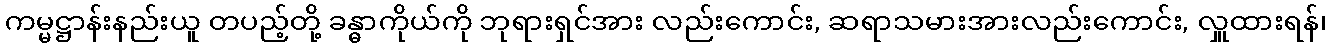
ကမ္မဋ္ဌာန်းနည်းယူ တပည့်တို့ ခန္ဓာကိုယ်ကို ဘုရားရှင်အား လည်းကောင်း, ဆရာသမားအားလည်းကောင်း, လှူထားရန်၊